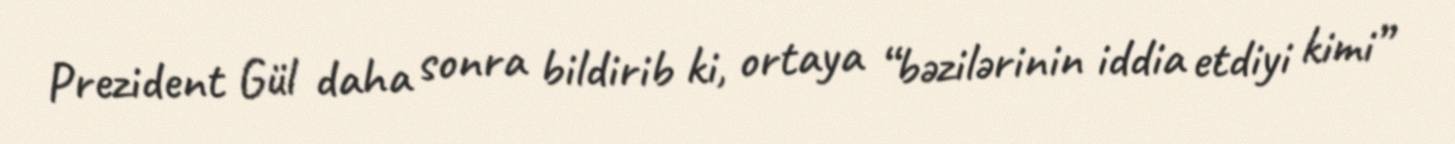
Prezident Gül daha sonra bildirib ki, ortaya “bəzilərinin iddia etdiyi kimi”